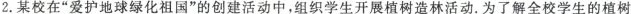
2.某校在”爱护地球绿化祖国”的创建活动中，组织学生开展植树造林活动。为了解全校学生的植树